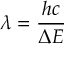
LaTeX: \lambda = { \frac { h c } { \Delta E } }